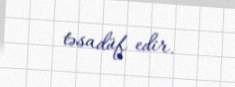
təsadüf edir.